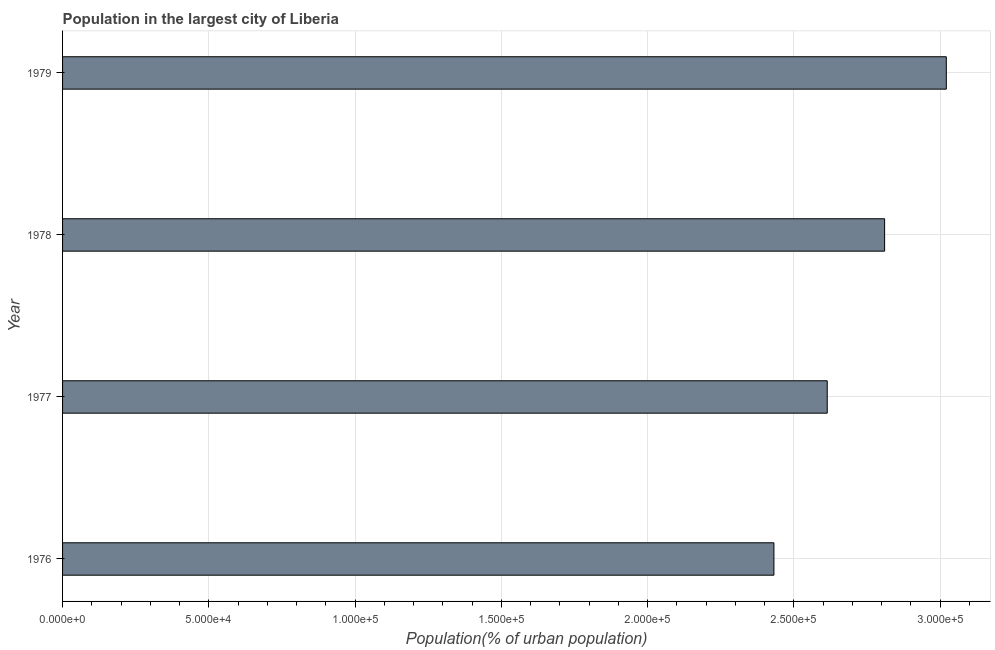
| Year | Population in largest city |
 | --- | --- |
 | 1976 | 2.43e+05 |
 | 1977 | 2.61e+05 |
 | 1978 | 2.81e+05 |
 | 1979 | 3.02e+05 |